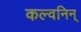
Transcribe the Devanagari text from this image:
कल्वनिन्